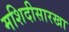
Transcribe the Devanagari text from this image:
मशिदीसारखा